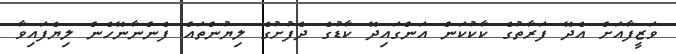
ވަޒީފާއަށް އެދޭ ފަރާތުގެ ކާކުކަން އަންގައިދޭ ކާޑުގެ ދެފުށުގެ ލިޔުންތައް ފެންނާނޭހެން ލިޔެފައިވާ